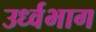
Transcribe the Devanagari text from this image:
उर्ध्वभाग